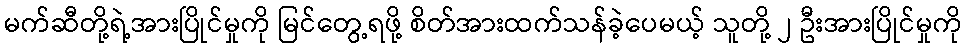
မက်ဆီတို့ရဲ့အားပြိုင်မှုကို မြင်တွေ့ရဖို့ စိတ်အားထက်သန်ခဲ့ပေမယ့် သူတို့ ၂ ဦးအားပြိုင်မှုကို